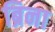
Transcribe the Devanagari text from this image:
ब्रिना